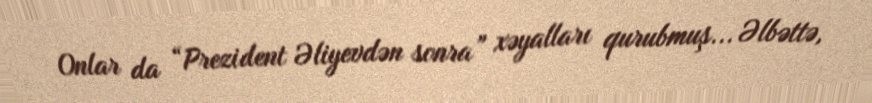
Onlar da “Prezident Əliyevdən sonra” xəyalları qurubmuş... Əlbəttə,